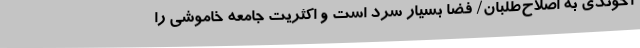
آخوندی به اصلاح‌طلبان/ فضا بسیار سرد است و اکثریت جامعه خاموشی را